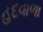
હદવાળા